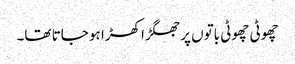
چھوٹی چھوٹی باتوں پر جھگڑا کھڑا ہو جاتا تھا۔